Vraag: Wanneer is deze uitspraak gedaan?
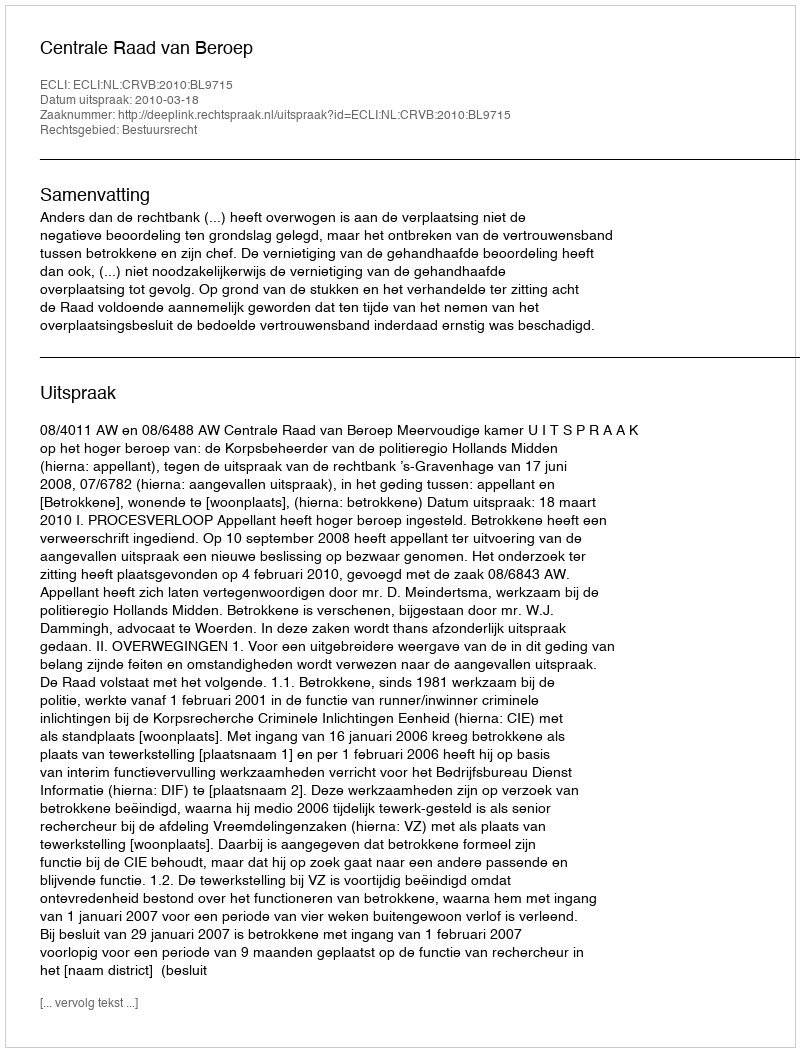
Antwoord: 2010-03-18